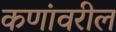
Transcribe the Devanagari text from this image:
कणांवरील